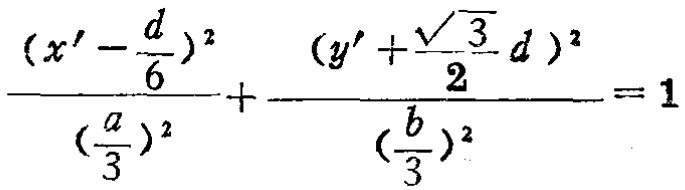
\(\frac{(x' - \frac{d}{6})^2}{(\frac{a}{3})^2} + \frac{(y' + \frac{\sqrt{3}}{2}d)^2}{(\frac{b}{3})^2} = 1\)